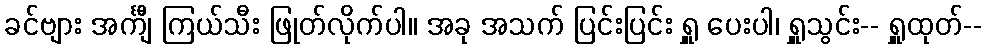
ခင်ဗျား အင်္ကျီ ကြယ်သီး ဖြုတ်လိုက်ပါ။ အခု အသက် ပြင်းပြင်း ရှူ ပေးပါ၊ ရှူသွင်း-- ရှူထုတ်--